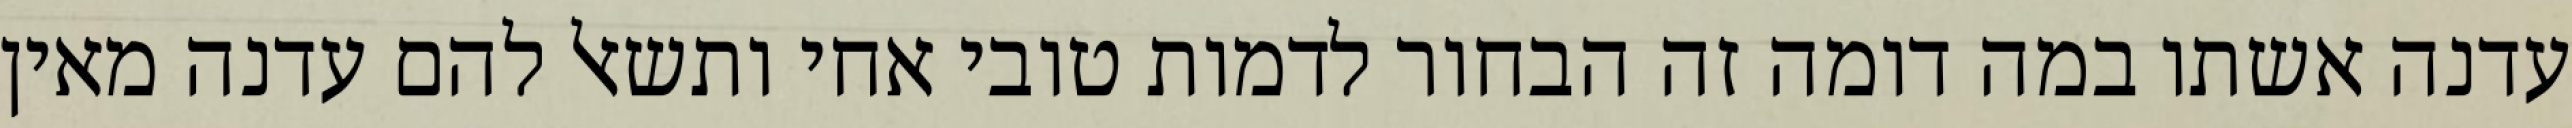
עדנה אשתו במה דומה זה הבחור לדמות טובי אחי ותשאל להם עדנה מאין